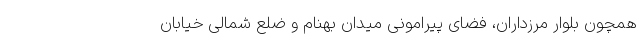
همچون بلوار مرزداران، فضای پیرامونی میدان بهنام و ضلع شمالی خیابان